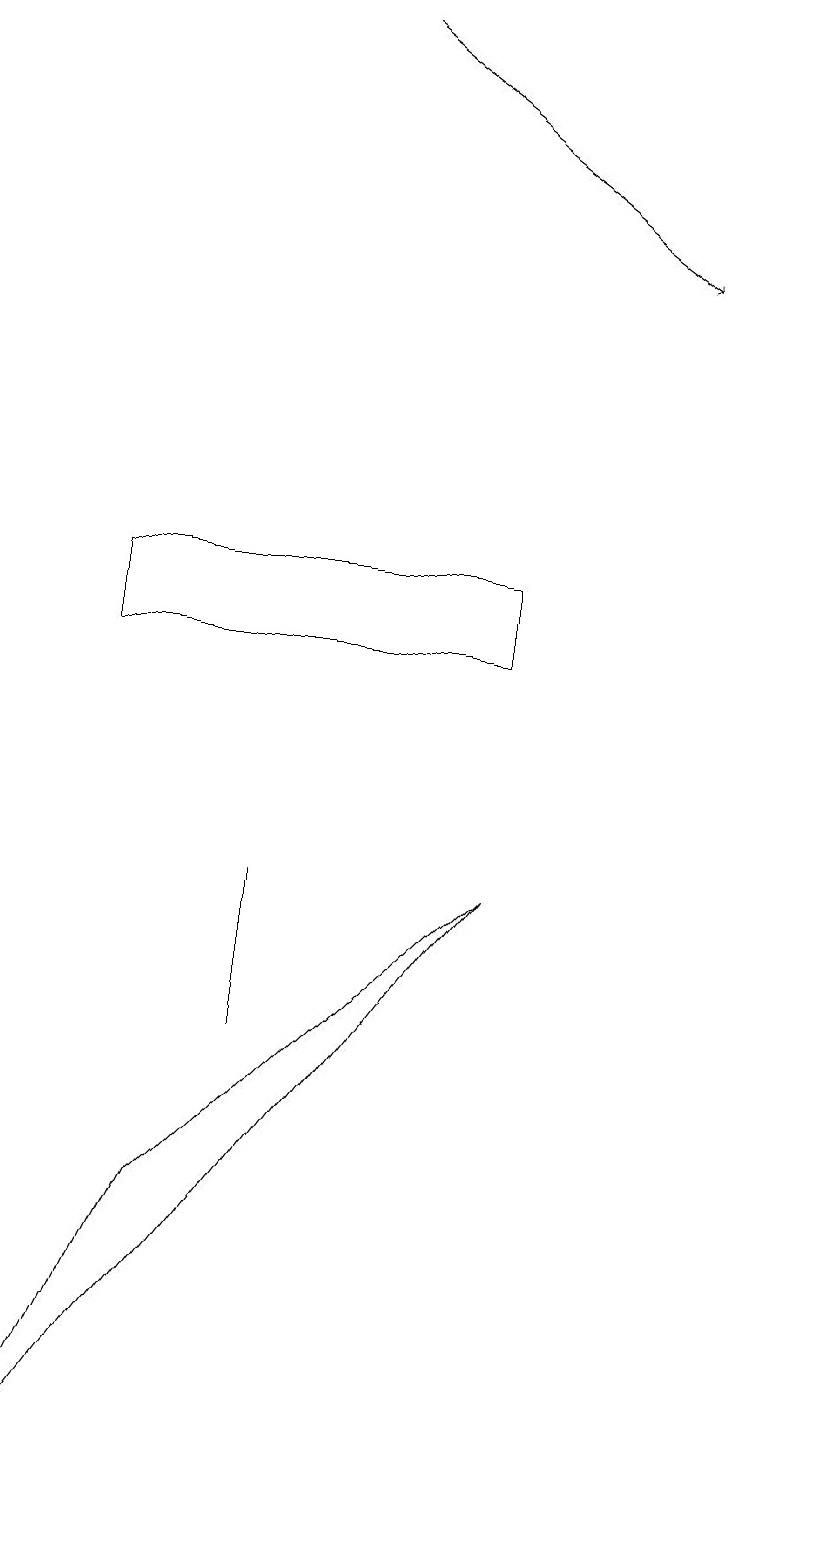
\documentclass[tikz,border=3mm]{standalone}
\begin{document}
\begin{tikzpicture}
\draw (11,10) circle (0);
\draw (4,6) -- (4,8) -- (4,8) -- cycle;
\draw (7,11) rectangle (2,12);
\draw[->] (5,19) -- (9,16);
\draw (1,0) -- (7,8) -- (3,4) -- cycle;
\draw (11,12) circle (0);
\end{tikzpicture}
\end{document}